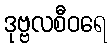
ဒုဗ္ဗလစီဝရေ